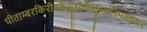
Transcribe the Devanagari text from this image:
पीताम्बरकिरीटकेयूरकौस्तुभवनमालाधरं